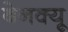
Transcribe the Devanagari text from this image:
बेनक्यू